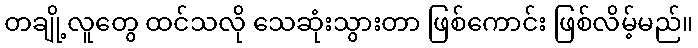
တချို့လူတွေ ထင်သလို သေဆုံးသွားတာ ဖြစ်ကောင်း ဖြစ်လိမ့်မည်။